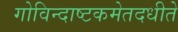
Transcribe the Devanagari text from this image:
गोविन्दाष्टकमेतदधीते